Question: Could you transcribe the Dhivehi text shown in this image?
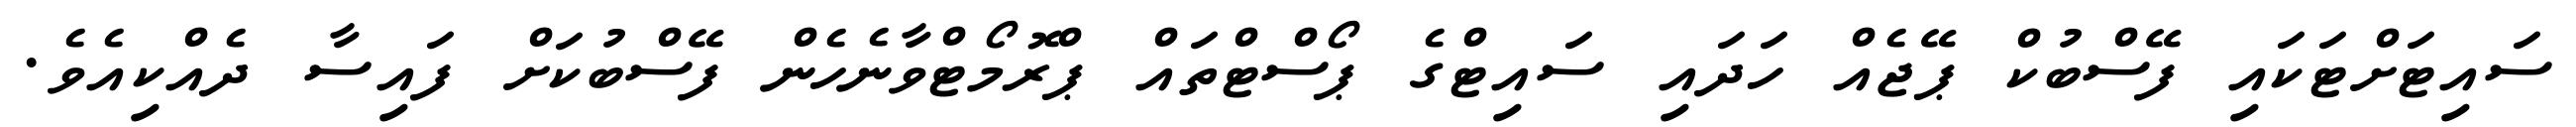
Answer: ސައިޓަށްޓަކައި ފޭސްބުކް ޕޭޖެއް ހަދައި ސައިޓްގެ ޕޯސްޓްތައް ޕްރޮމޯޓްވާނެހެން ފޭސްބުކަށް ފައިސާ ދެއްކިއެވެ.